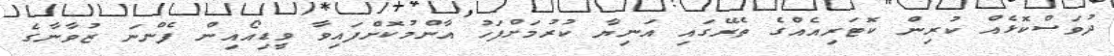
ދުވަސްކޮޅެއް ކުރިން ކޮޓަރިއެއްގެ ތެރޭގައި އަނިޔާ ކުރުމަށްފަހު އާންމުކޮށްފައިވާ ވީޑިއޯއިން ފެންނަ ޒުވާނާގެ